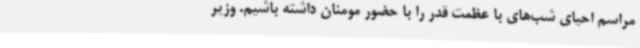
مراسم احیای شب‌های با عظمت قدر را با حضور مومنان داشته باشیم. وزیر